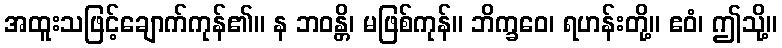
အထူးသဖြင့်ချောက်ကုန်၏။ န ဘဝန္တိ၊ မဖြစ်ကုန်။ ဘိက္ခဝေ၊ ရဟန်းတို့။ ဧဝံ၊ ဤသို့။